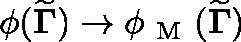
\phi ( { \widetilde { \mathbf { \Gamma } } } ) \to \phi _ { \mathrm { ~ M ~ } } ( { \widetilde { \mathbf { \Gamma } } } )